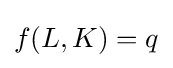
f(L,K)=q